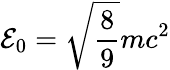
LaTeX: {\cal{E}}_{0}=\sqrt{\frac{8}{9}}mc^{2}